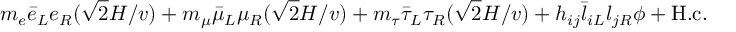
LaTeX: m _ { e } \bar { e } _ { L } e _ { R } ( \sqrt { 2 } H / v ) + m _ { \mu } \bar { \mu } _ { L } \mu _ { R } ( \sqrt { 2 } H / v ) + m _ { \tau } \bar { \tau } _ { L } \tau _ { R } ( \sqrt { 2 } H / v ) + h _ { i j } \bar { l } _ { i L } l _ { j R } \phi + \mathrm { H . c . }